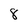
Character: 8